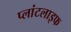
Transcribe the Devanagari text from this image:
प्लांटलाइफ